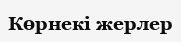
Көрнекі жерлер